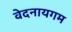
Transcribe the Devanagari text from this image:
वेदनायगम